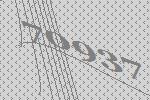
70937